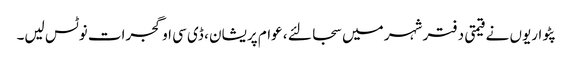
پٹواریوں نے قیمتی دفتر شہر میں سجا لئے ، عوام پریشان ، ڈی سی او گجرات نوٹس لیں۔